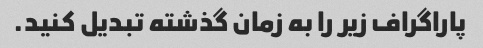
پاراگراف زیر را به زمان گذشته تبدیل کنید.